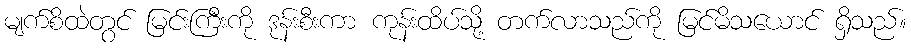
မျက်စိထဲတွင် မြင်းကြီးကို ဒုန်းစီးကာ ကုန်းထိပ်သို့ တက်လာသည်ကို မြင်မိသယောင် ရှိသည်။